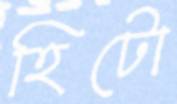
হিটো